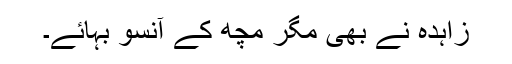
زاہدہ نے بھی مگر مچھ کے آنسو بہائے۔